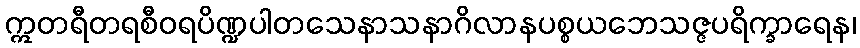
ဣတရီတရစီဝရပိဏ္ဍပါတသေနာသနာဂိလာနပစ္စယဘေသဇ္ဇပရိက္ခာရေန၊